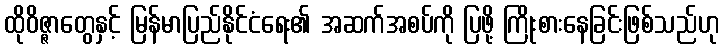
ထိုဝိဇ္ဇာတွေနှင့် မြန်မာပြည်နိုင်ငံရေး၏ အဆက်အစပ်ကို ပြဖို့ ကြိုးစားနေခြင်းဖြစ်သည်ဟု